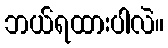
ဘယ်ရထားပါလဲ။